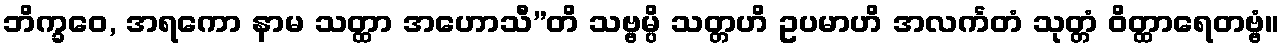
ဘိက္ခဝေ, အရကော နာမ သတ္ထာ အဟောသီ”တိ သဗ္ဗမ္ပိ သတ္တဟိ ဥပမာဟိ အလင်္ကတံ သုတ္တံ ဝိတ္ထာရေတဗ္ဗံ။